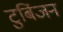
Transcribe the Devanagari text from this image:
टुबिंजन